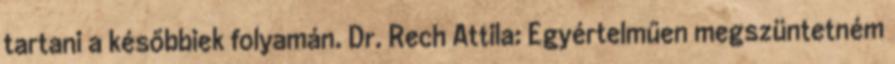
tartani a későbbiek folyamán. Dr. Rech Attila: Egyértelműen megszüntetném